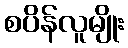
စပိန်လူမျိုး